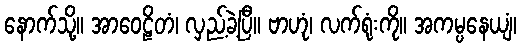
နောက်သို့။ အာဝေဠိတံ၊ လှည့်ခဲ့ပြီ။ ဗာဟုံ၊ လက်ရုံးကို။ အကမ္ပနေယျံ၊